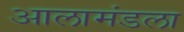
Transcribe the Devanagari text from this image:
आलामंडला